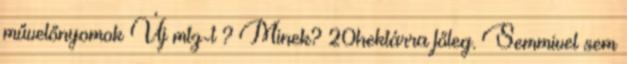
művelőnyomok Új mtz-t ? Minek? 20hektárra főleg. Semmivel sem